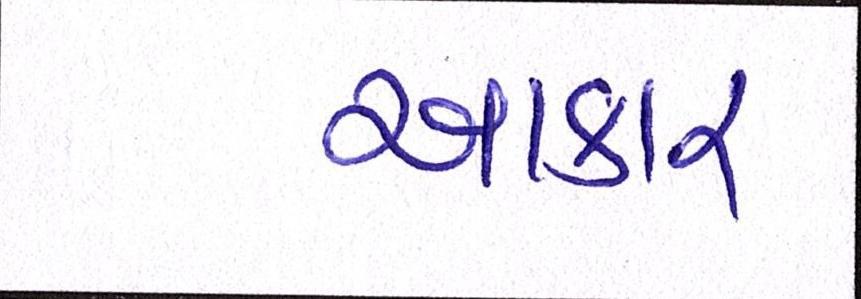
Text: આકાર